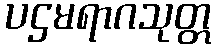
ပဌမရာဂသုတ္တ